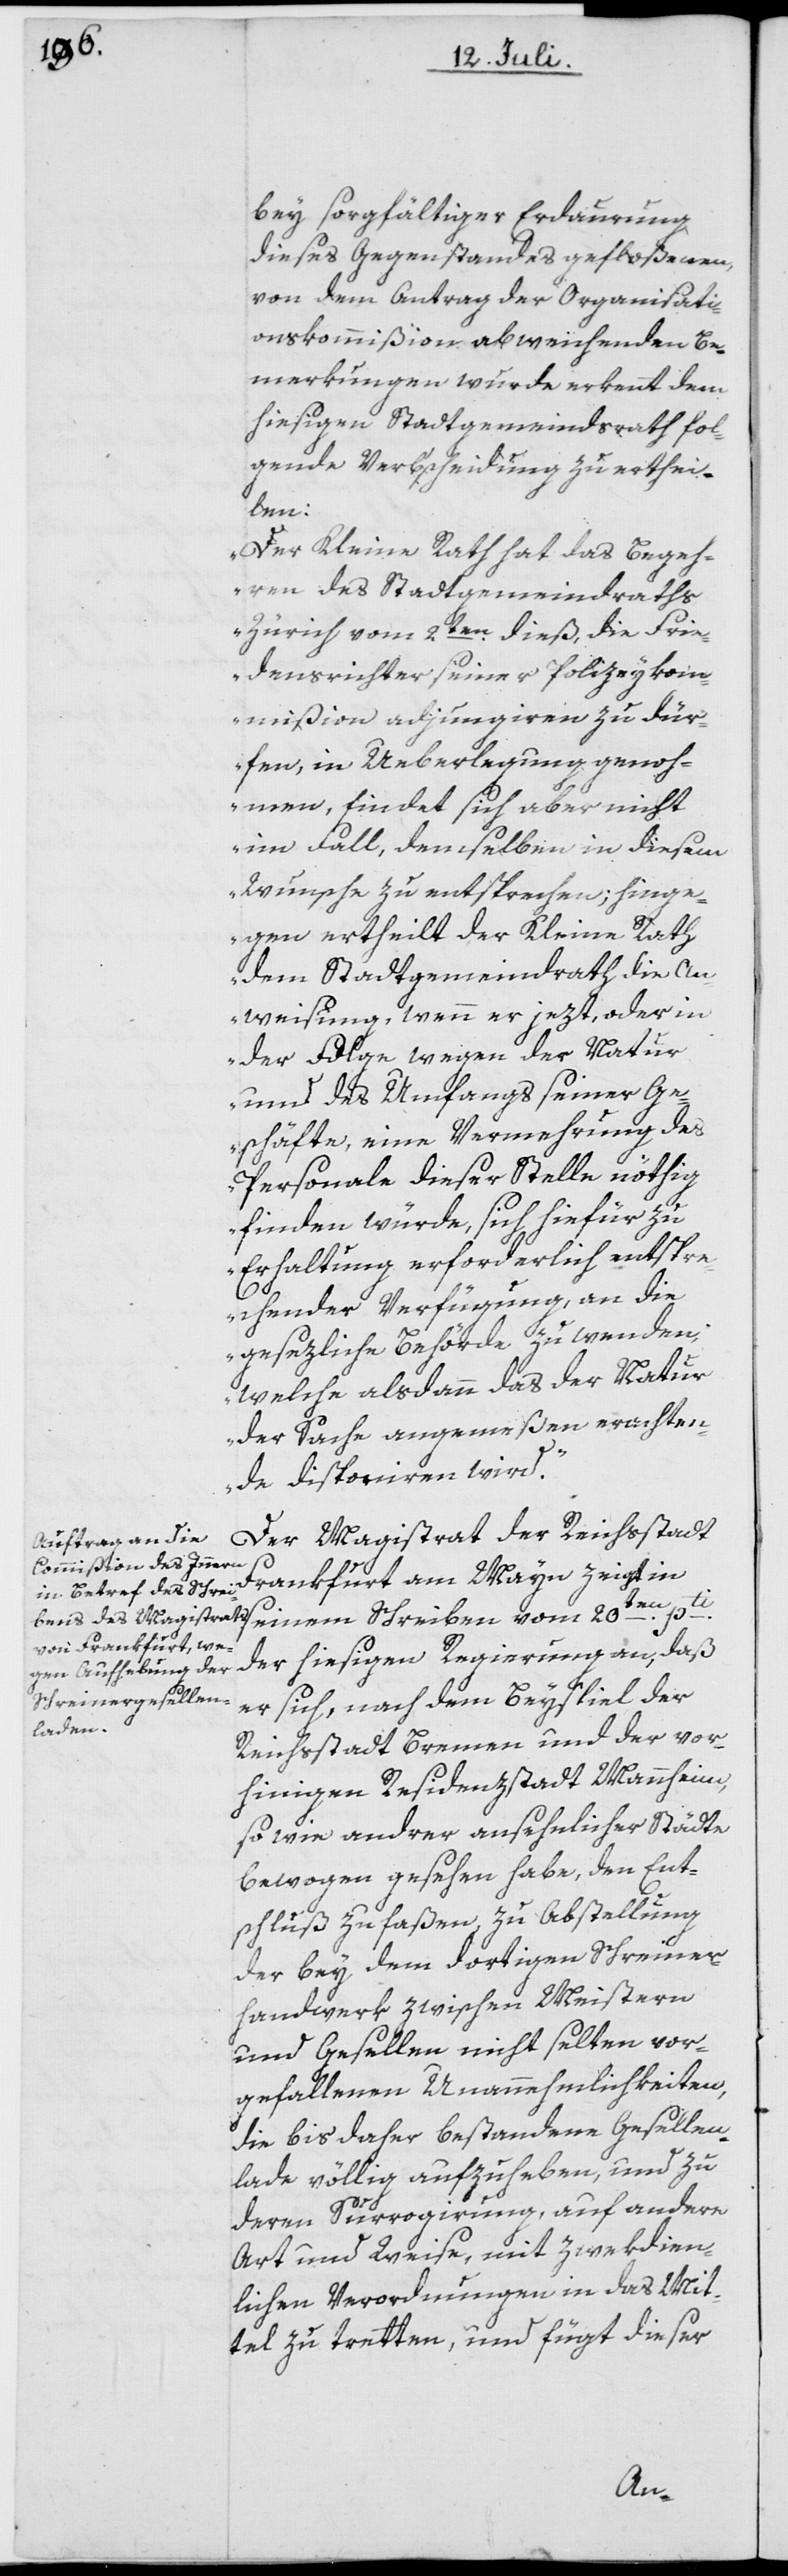
bey sorgfältiger Erdaurung
dieses Gegenstandes gefloßenen,
von dem Antrag der Organisati¬
onskommißion abweichenden Be¬
merkungen wurde erkennt dem
hiesigen Stadtgemeindsrath fol¬
gende Verb’scheidung zu erthei¬
len:
„Der Kleine Rath hat das Begeh¬
ren des Stadtgemeindraths
Zürich vom 2ten dieß, die Frie¬
densrichter seiner Polizeykom¬
mißion adjungiren zu dür¬
fen, in Ueberlegung genoh¬
men, findet sich aber nicht
im Fall, demselben in diesem
Wunsche zu entsprechen; hinge¬
gen ertheilt der Kleine Rath
dem Stadtgemeindrath die An¬
weisung, wenn er jezt, oder in
der Folge wegen der Natur
und des Umfangs seiner Ge¬
schäfte, eine Vermehrung des
Personale dieser Stelle nöthig
finden würde, sich hiefür zu
Erhaltung erforderlich entspre¬
chender Verfügung, an die
gesezliche Behörde zu wenden,
welche alsdann das der Natur
der Sache angemeßen erachten¬
de disponiren wird.“
Der Magistrat der Reichsstadt
Frankfurt am Mayn zeigt in
der hieigen Regierung an, daß
er sich, nach dem Beyspiel der
Reichsstadt Bremen und der vor¬
hinigen Residenzstadt Mannheim,
so wie andrer ansehnlicher Städte
bewogen gesehen habe, den Ent¬
schluß zu faßen, zu Abstellung
der bey dem dortigen Schreiner¬
handwerk zwischen Meistern
und Gesellen nicht selten vor¬
gefallenen Unannehmlichkeiten,
die bis daher bestandene Gesellen¬
lade völlig aufzuheben, und zu
deren Surrogirung, auf andere
Art und Weise, mit zwekdien¬
lichen Verordnungen in das Mit¬
tel zu tretten, und fügt dieser